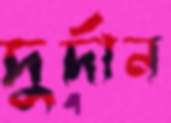
দুর্দান